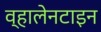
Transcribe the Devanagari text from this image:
व्हालेनटाइन